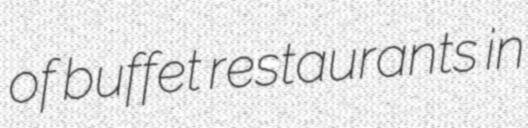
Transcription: of buffet restaurants in